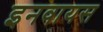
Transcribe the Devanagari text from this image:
इनवायस